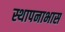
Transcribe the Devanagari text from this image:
स्थापनाभास